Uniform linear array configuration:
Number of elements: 8
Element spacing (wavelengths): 0.25
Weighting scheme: hann
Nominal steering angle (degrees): -60
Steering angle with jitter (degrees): -60.324
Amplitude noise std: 0.05
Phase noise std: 0.05

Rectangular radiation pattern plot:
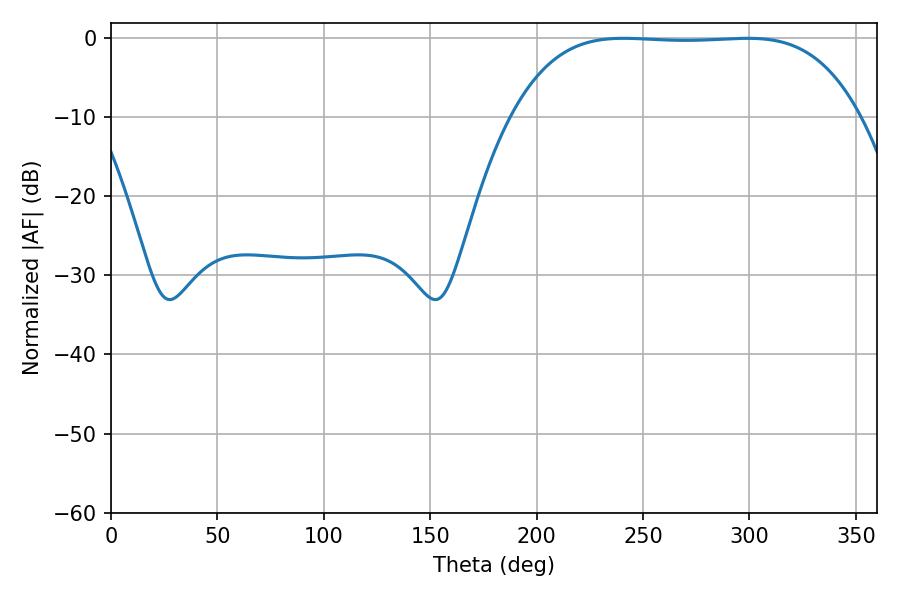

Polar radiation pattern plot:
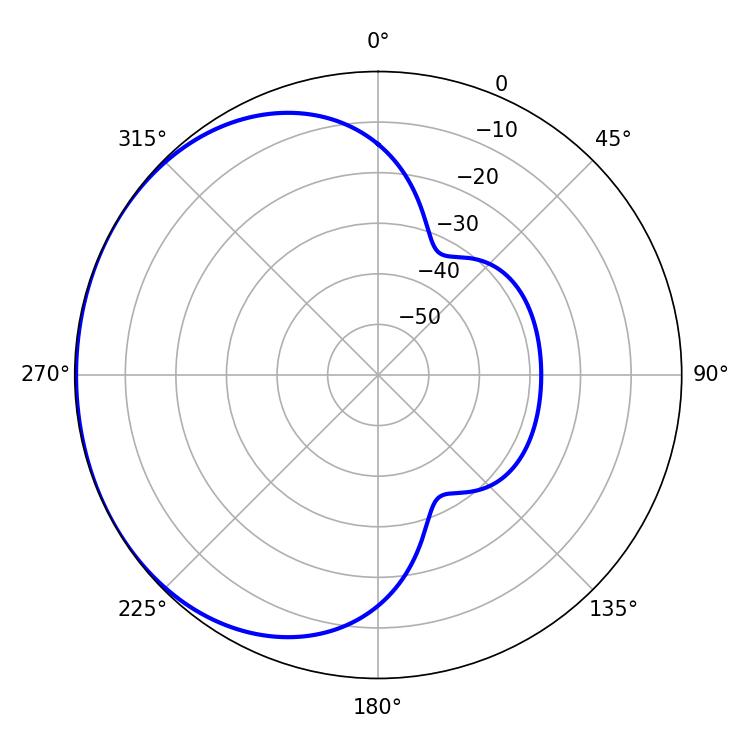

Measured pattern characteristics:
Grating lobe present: FALSE
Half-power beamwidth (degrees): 126
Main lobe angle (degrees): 240.84